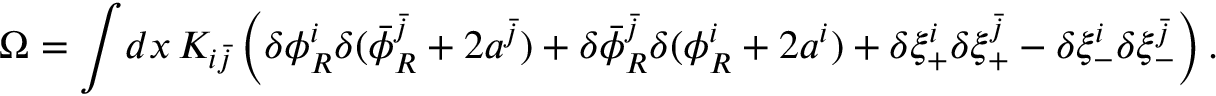
\Omega = \int \! d x \, K _ { i \bar { j } } \left( \delta \phi _ { R } ^ { i } \delta ( \bar { \phi } _ { R } ^ { \bar { j } } + 2 a ^ { \bar { j } } ) + \delta \bar { \phi } _ { R } ^ { \bar { j } } \delta ( \phi _ { R } ^ { i } + 2 a ^ { i } ) + \delta \xi _ { + } ^ { i } \delta \xi _ { + } ^ { \bar { j } } - \delta \xi _ { - } ^ { i } \delta \xi _ { - } ^ { \bar { j } } \right) .